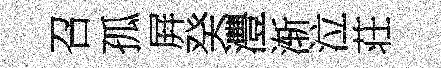
召孤屛癸灃渐泣荘